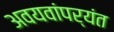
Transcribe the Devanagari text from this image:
अवयवांपर्यंत